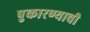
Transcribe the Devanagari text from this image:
पुकारण्याची